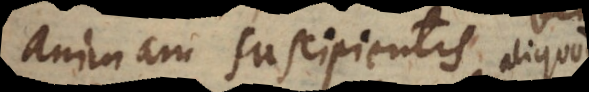
animam suscipientis bene